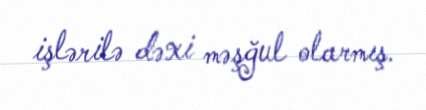
işlərilə dəxi məşğul olarmış.